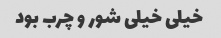
خیلی خیلی شور و چرب بود